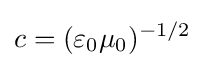
c=({\varepsilon _{0}\mu _{0}})^{-1/2}